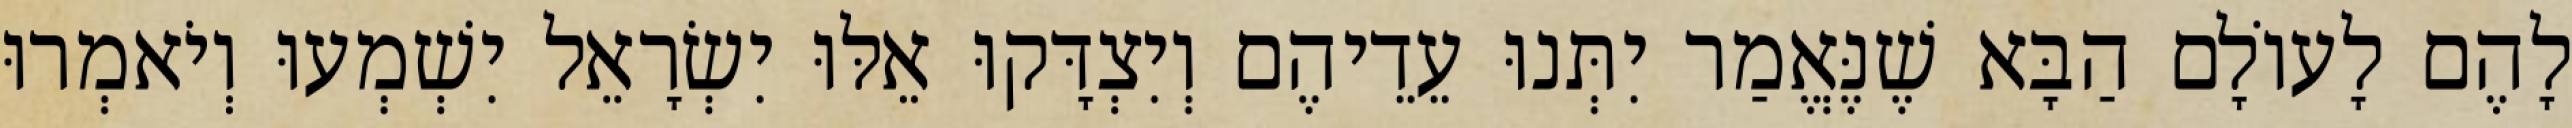
לָהֶם לָעוֹלָם הַבָּא שֶׁנֶּאֱמַר יִתְּנוּ עֵדֵיהֶם וְיִצְדָּקוּ אֵלּוּ יִשְׂרָאֵל יִשְׁמְעוּ וְיֹאמְרוּ